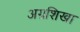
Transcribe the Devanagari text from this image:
अग्रशिखा